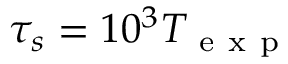
\tau _ { s } = 1 0 ^ { 3 } T _ { \mathrm { ~ e ~ x ~ p ~ } }